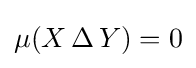
\mu (X\,\Delta \,Y)=0